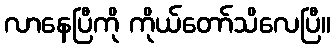
လာနေပြီကို ကိုယ်တော်သိလေပြီ။